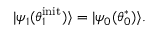
| \psi _ { 1 } ( \boldsymbol { \theta } _ { 1 } ^ { \mathrm { i n i t } } ) \rangle = | \psi _ { 0 } ( \boldsymbol { \theta } _ { 0 } ^ { * } ) \rangle .